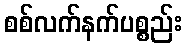
စစ်လက်နက်ပစ္စည်း